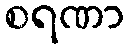
စရဏာ